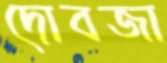
দোবজা